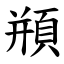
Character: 頩